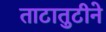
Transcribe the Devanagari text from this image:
ताटातुटीने